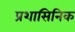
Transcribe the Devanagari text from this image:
प्रशासिनिक